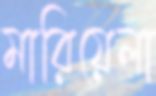
মারিয়েলা